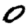
Digit: 0